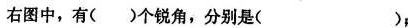
右图中，有( )个锐角，分别是( )，